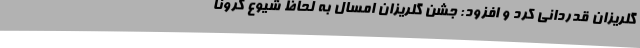
گلریزان قدردانی کرد و افزود: جشن گلریزان امسال به لحاظ شیوع کرونا